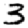
Digit: 3